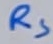
Text: RS